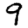
Digit: 9